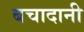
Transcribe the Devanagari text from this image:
बचादानी